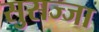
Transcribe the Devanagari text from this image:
सुसज्जा